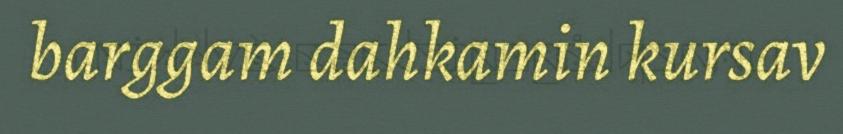
barggam dahkamin kursav